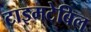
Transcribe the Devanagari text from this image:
टाइमटेबिल